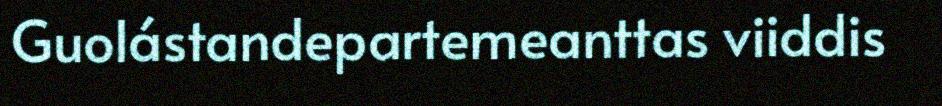
Guolástandepartemeanttas viiddis